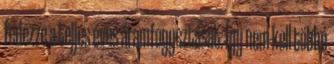
fedezze a teljes éves áramfogysztását. Így nem kell többé